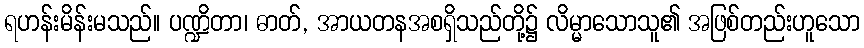
ရဟန်းမိန်းမသည်။ ပဏ္ဍိတာ၊ ဓာတ်, အာယတနအစရှိသည်တို့၌ လိမ္မာသောသူ၏ အဖြစ်တည်းဟူသော